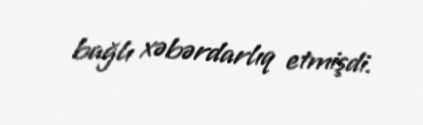
bağlı xəbərdarlıq etmişdi.